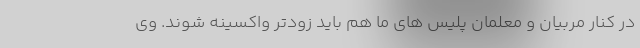
در کنار مربیان و معلمان پلیس های ما هم باید زودتر واکسینه شوند. وی